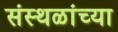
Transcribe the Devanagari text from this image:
संस्थळांच्या